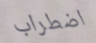
اضطراب